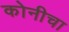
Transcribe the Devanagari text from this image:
कोनीचा